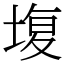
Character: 㙏